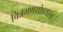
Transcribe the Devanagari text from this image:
चित्रमणयोऽयस्य